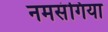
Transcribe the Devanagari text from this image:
नमसंगिया